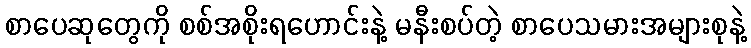
စာပေဆုတွေကို စစ်အစိုးရဟောင်းနဲ့ မနီးစပ်တဲ့ စာပေသမားအများစုနဲ့